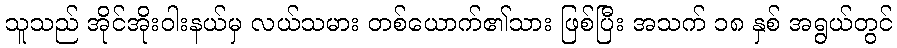
သူသည် အိုင်အိုးဝါးနယ်မှ လယ်သမား တစ်ယောက်၏သား ဖြစ်ပြီး အသက် ၁၈ နှစ် အရွယ်တွင်